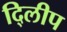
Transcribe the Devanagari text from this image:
दि्लीप